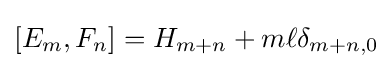
[E_{m},F_{n}]=H_{m+n}+m\ell \delta _{m+n,0}